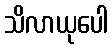
သိလာယုပေါ